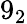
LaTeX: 9_{2}